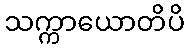
သက္ကာယောတိပိ